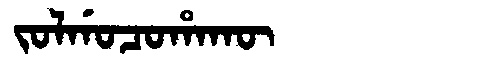
Manchu: ᠵᠣᠯᡤᠣᠴᠣᡥᠠᡴᡡ
Romanization: JOLGOCOHAKŪ